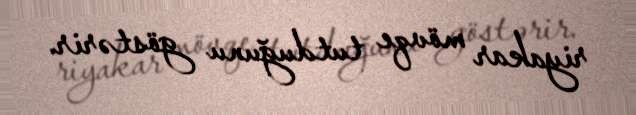
riyakar mövqe tutduğunu göstərir.